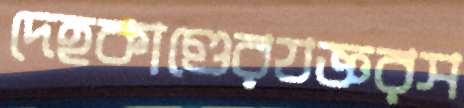
দেহকাণ্ডেরযজ্ঞরস